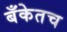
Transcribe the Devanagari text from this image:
बँकेतच